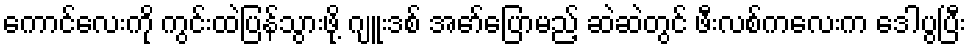
ကောင်လေးကို ကွင်းထဲပြန်သွားဖို့ ဂျူးဒစ် အော်ပြောမည့် ဆဲဆဲတွင် ဖီးလစ်ကလေးက ဒေါပွပြီး